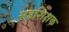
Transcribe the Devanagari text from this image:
सहशिक्षक